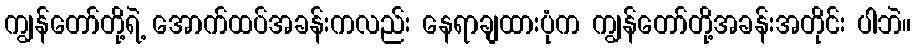
ကျွန်တော်တို့ရဲ့ အောက်ထပ်အခန်းကလည်း နေရာချထားပုံက ကျွန်တော်တို့အခန်းအတိုင်း ပါဘဲ။